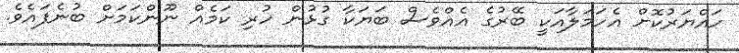
ހައްޔަރުކޮށް އެހަމަލާއަކީ ބޭރުގެ އެއްވެސް ބަޔަކާ ގުޅުން ހުރި ކަމެއް ނޫންކަމަށް ބުނެފައެވެ.